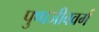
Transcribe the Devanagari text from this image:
पुष्पजीववर्ग